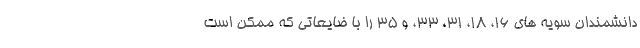
دانشمندان سویه های 16، 18، 31، 33، و 35 را با ضایعاتی که ممکن است